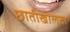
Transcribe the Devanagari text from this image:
छातीखालचा